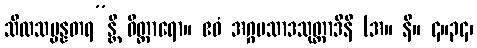
သီလသမ္ပန္နတရ”န္တိ ဝိတ္ထာရော။ ဧဝံ အဂ္ဂပသာဒသုတ္တာဒီနိ (အ။ နိ။ ၄။၃၄၊